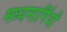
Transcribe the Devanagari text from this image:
मध्यमार्गियों